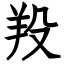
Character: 羖